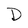
Character: D